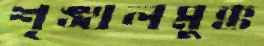
শৃঙ্খলমুক্ত